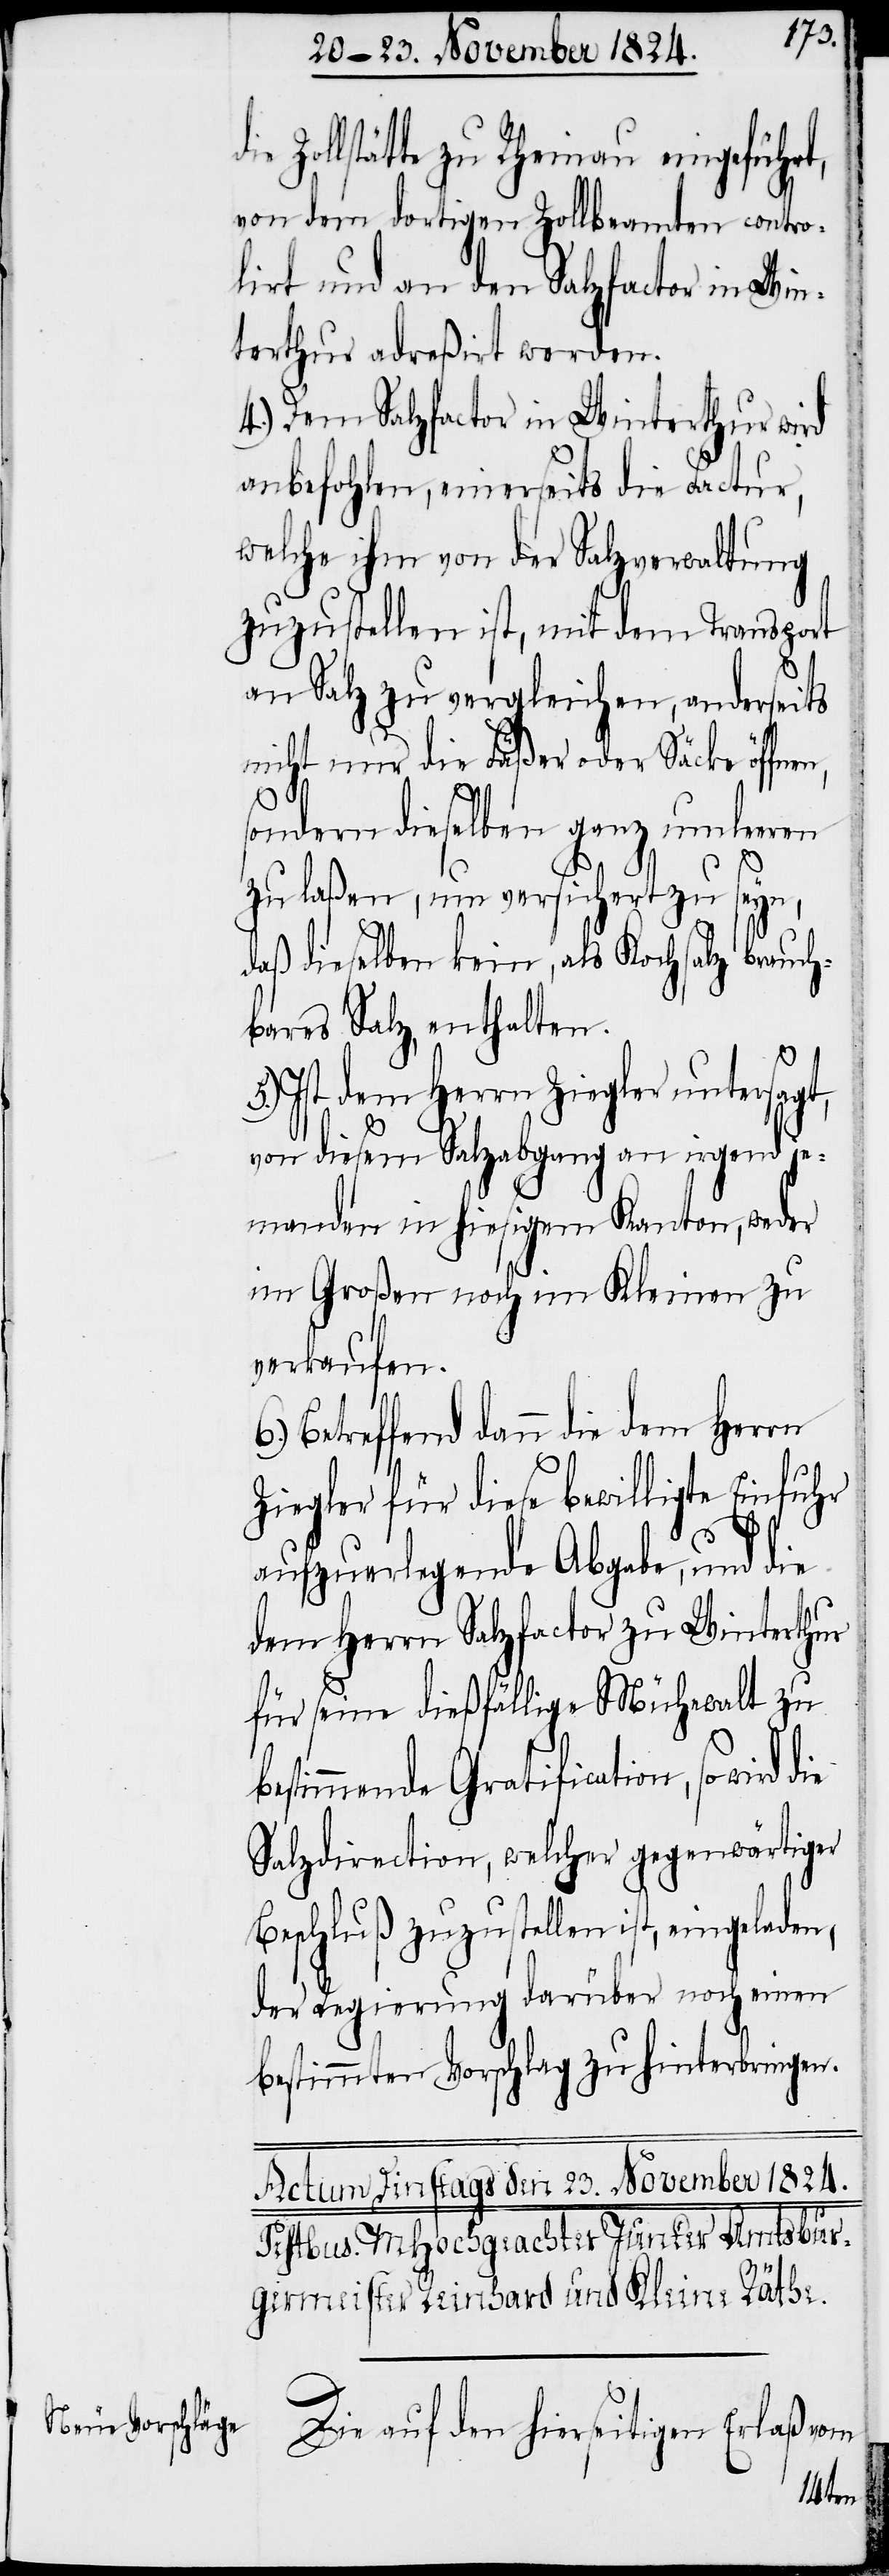
Zollstätte zu Rheinau eingeführt,
von dem dortigen Zollbeamten contro¬
lirt und an den Salzfactor in Win¬
terthur adreßirt werden.
4.) Dem Salzfactor in Winterthur wird
anbefohlen, einerseits die Factur,
welche ihm von der Salzverwaltung
zuzustellen ist, mit dem Transport
an Salz zu vergleichen, anderseits
nicht nur die Fäßer oder Säcke öffne¬
sondern dieselben ganz umleeren
n,
zu laßen, um versichert zu seyn,
daß dieselben kein, als Kochsalz brauch¬
bares Salz, enthalten.
Ist dem Herrn Ziegler untersagt,
von diesem Salzabgang an irgend je¬
manden in hiesigem Kanton, weder
im Großen noch im Kleinen zu
verkaufen.
Betreffend dann die dem Herrn
Ziegler für diese bewilligte Einfuhr
aufzuerlegende Abgabe, und die
dem Herrn Salzfactor zu Winterthur
für seine dießfällige Mühewalt zu
bestimmende Gratification, so wird
Salzdirection, welcher gegenwärtiger
Beschluß zuzustellen ist, eingeladen,
der Regierung darüber noch einen
bestimmten Vorschlag zu hinterbringen.
Die auf den hierseitigen Erlaß vom